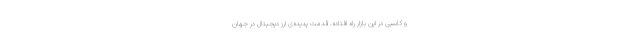
و کاسبی در این بازار راه افتاده. قدمت پدیده‌ی ارز دیجیتال در جهان